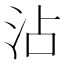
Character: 沾